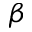
\beta